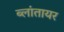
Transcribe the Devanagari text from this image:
ब्लांतायर